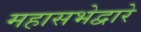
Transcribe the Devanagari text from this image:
महासभेद्वारे